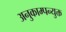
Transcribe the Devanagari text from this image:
अनुकाम्पन्युक्त